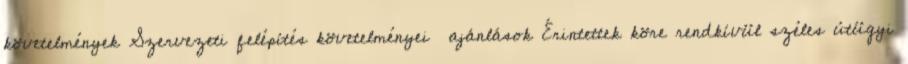
követelmények Szervezeti felépítés követelményei ajánlások Érintettek köre rendkívül széles útügyi